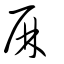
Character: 厤